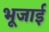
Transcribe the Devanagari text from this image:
भूजाई